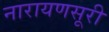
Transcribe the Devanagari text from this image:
नारायणसूरी